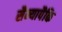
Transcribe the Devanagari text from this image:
सैन्यापैकि